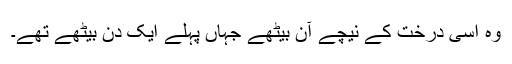
وہ اسی درخت کے نیچے آن بیٹھے جہاں پہلے ایک دن بیٹھے تھے۔